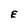
Character: E